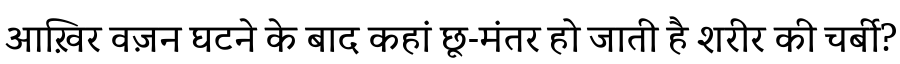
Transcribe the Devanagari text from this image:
आख़िर वज़न घटने के बाद कहां छू-मंतर हो जाती है शरीर की चर्बी?